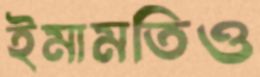
ইমামতিও